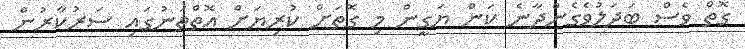
ގޮތް ވެސް ބަދަލުވެގެންދާނެ ކަން ޔަގީން މި ގޮތަށް ކުރިޔަށް އޮތްތަނުގައި ސަރުކާރުން